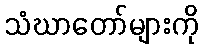
သံဃာတော်များကို